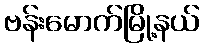
ဗန်းမောက်မြို့နယ်